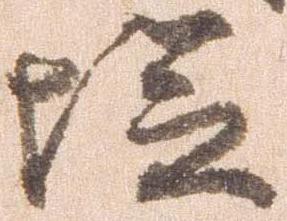
塩